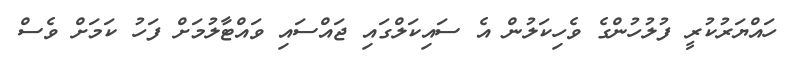
ހައްޔަރުކުރީ ފުލުހުންގެ ވެހިކަލުން އެ ސައިކަލްގައި ޖައްސައި ވައްޓާލުމަށް ފަހު ކަމަށް ވެސް